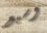
وسبع